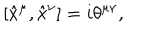
LaTeX: [ { \hat { x } } ^ { \mu } , { \hat { x } } ^ { \nu } ] = i \theta ^ { \mu \nu } ,